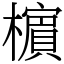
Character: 㯽